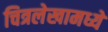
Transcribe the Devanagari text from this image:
चित्रलेखामध्ये